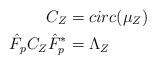
\begin{align*}C_Z& = circ(\mu_Z)\\\hat{F}_p C_Z \hat{F}_p^*& = \Lambda_Z\end{align*}